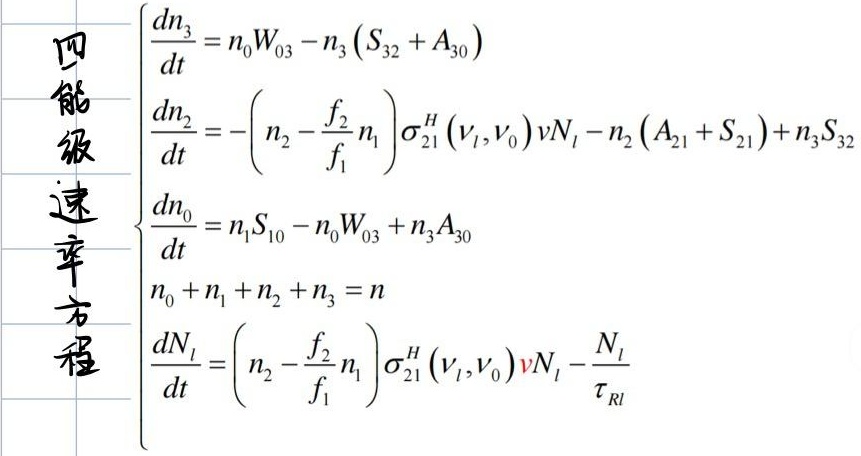
四能级速率方程
\[\begin{cases}
\frac{dn_3}{dt} = n_0W_{03} - n_3\left(S_{32} + A_{30}\right) \\
\frac{dn_2}{dt} = -\left(n_2 - \frac{f_2}{f_1}n_1\right)\sigma_{21}^{H}(\nu_l,\nu_0)vN_l - n_2\left(A_{21} + S_{21}\right)+n_3S_{32}\\
\frac{dn_0}{dt} = n_1S_{10} - n_0W_{03} + n_3A_{30}\\
n_0 + n_1 + n_2 + n_3 = n\\
\frac{dN_l}{dt} = \left(n_2 - \frac{f_2}{f_1}n_1\right)\sigma_{21}^{H}(\nu_l,\nu_0)vN_l - \frac{N_l}{\tau_{Rl}}
\end{cases}\]